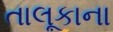
તાલૂકાના